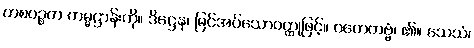
တစပဉ္စက ကမ္မဋ္ဌာန်းကို။ ဒိဋ္ဌေန၊ မြင်အပ်သောဝတ္ထုဖြင့်။ ဂဟေတဗ္ဗံ၊ ၏။ သေသံ၊